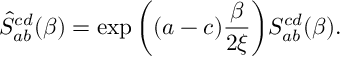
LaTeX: \hat { S } _ { a b } ^ { c d } ( \beta ) = \exp \bigg ( ( a - c ) { \frac { \beta } { 2 \xi } } \bigg ) S _ { a b } ^ { c d } ( \beta ) .